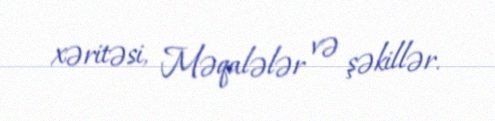
xəritəsi, Məqalələr və şəkillər.